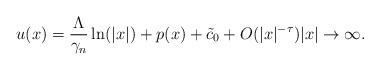
\begin{align*}u(x)=\frac{\Lambda}{\gamma_{n}}\ln(|x|)+p(x)+\tilde{c}_0+O(|x|^{-\tau}) |x|\rightarrow \infty.\end{align*}